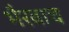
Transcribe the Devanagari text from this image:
भैरवाच